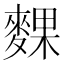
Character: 䴹